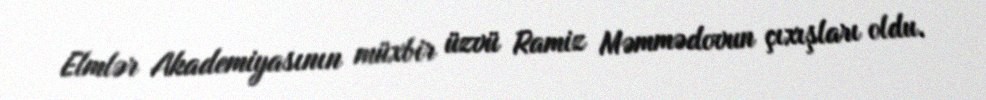
Elmlər Akademiyasının müxbir üzvü Ramiz Məmmədovun çıxışları oldu.